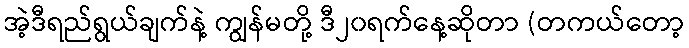
အဲ့ဒီရည်ရွယ်ချက်နဲ့ ကျွန်မတို့ ဒီ၂၀ရက်နေ့ဆိုတာ (တကယ်တော့